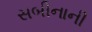
સબીનાની